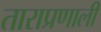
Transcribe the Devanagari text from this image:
ताराप्रणाली